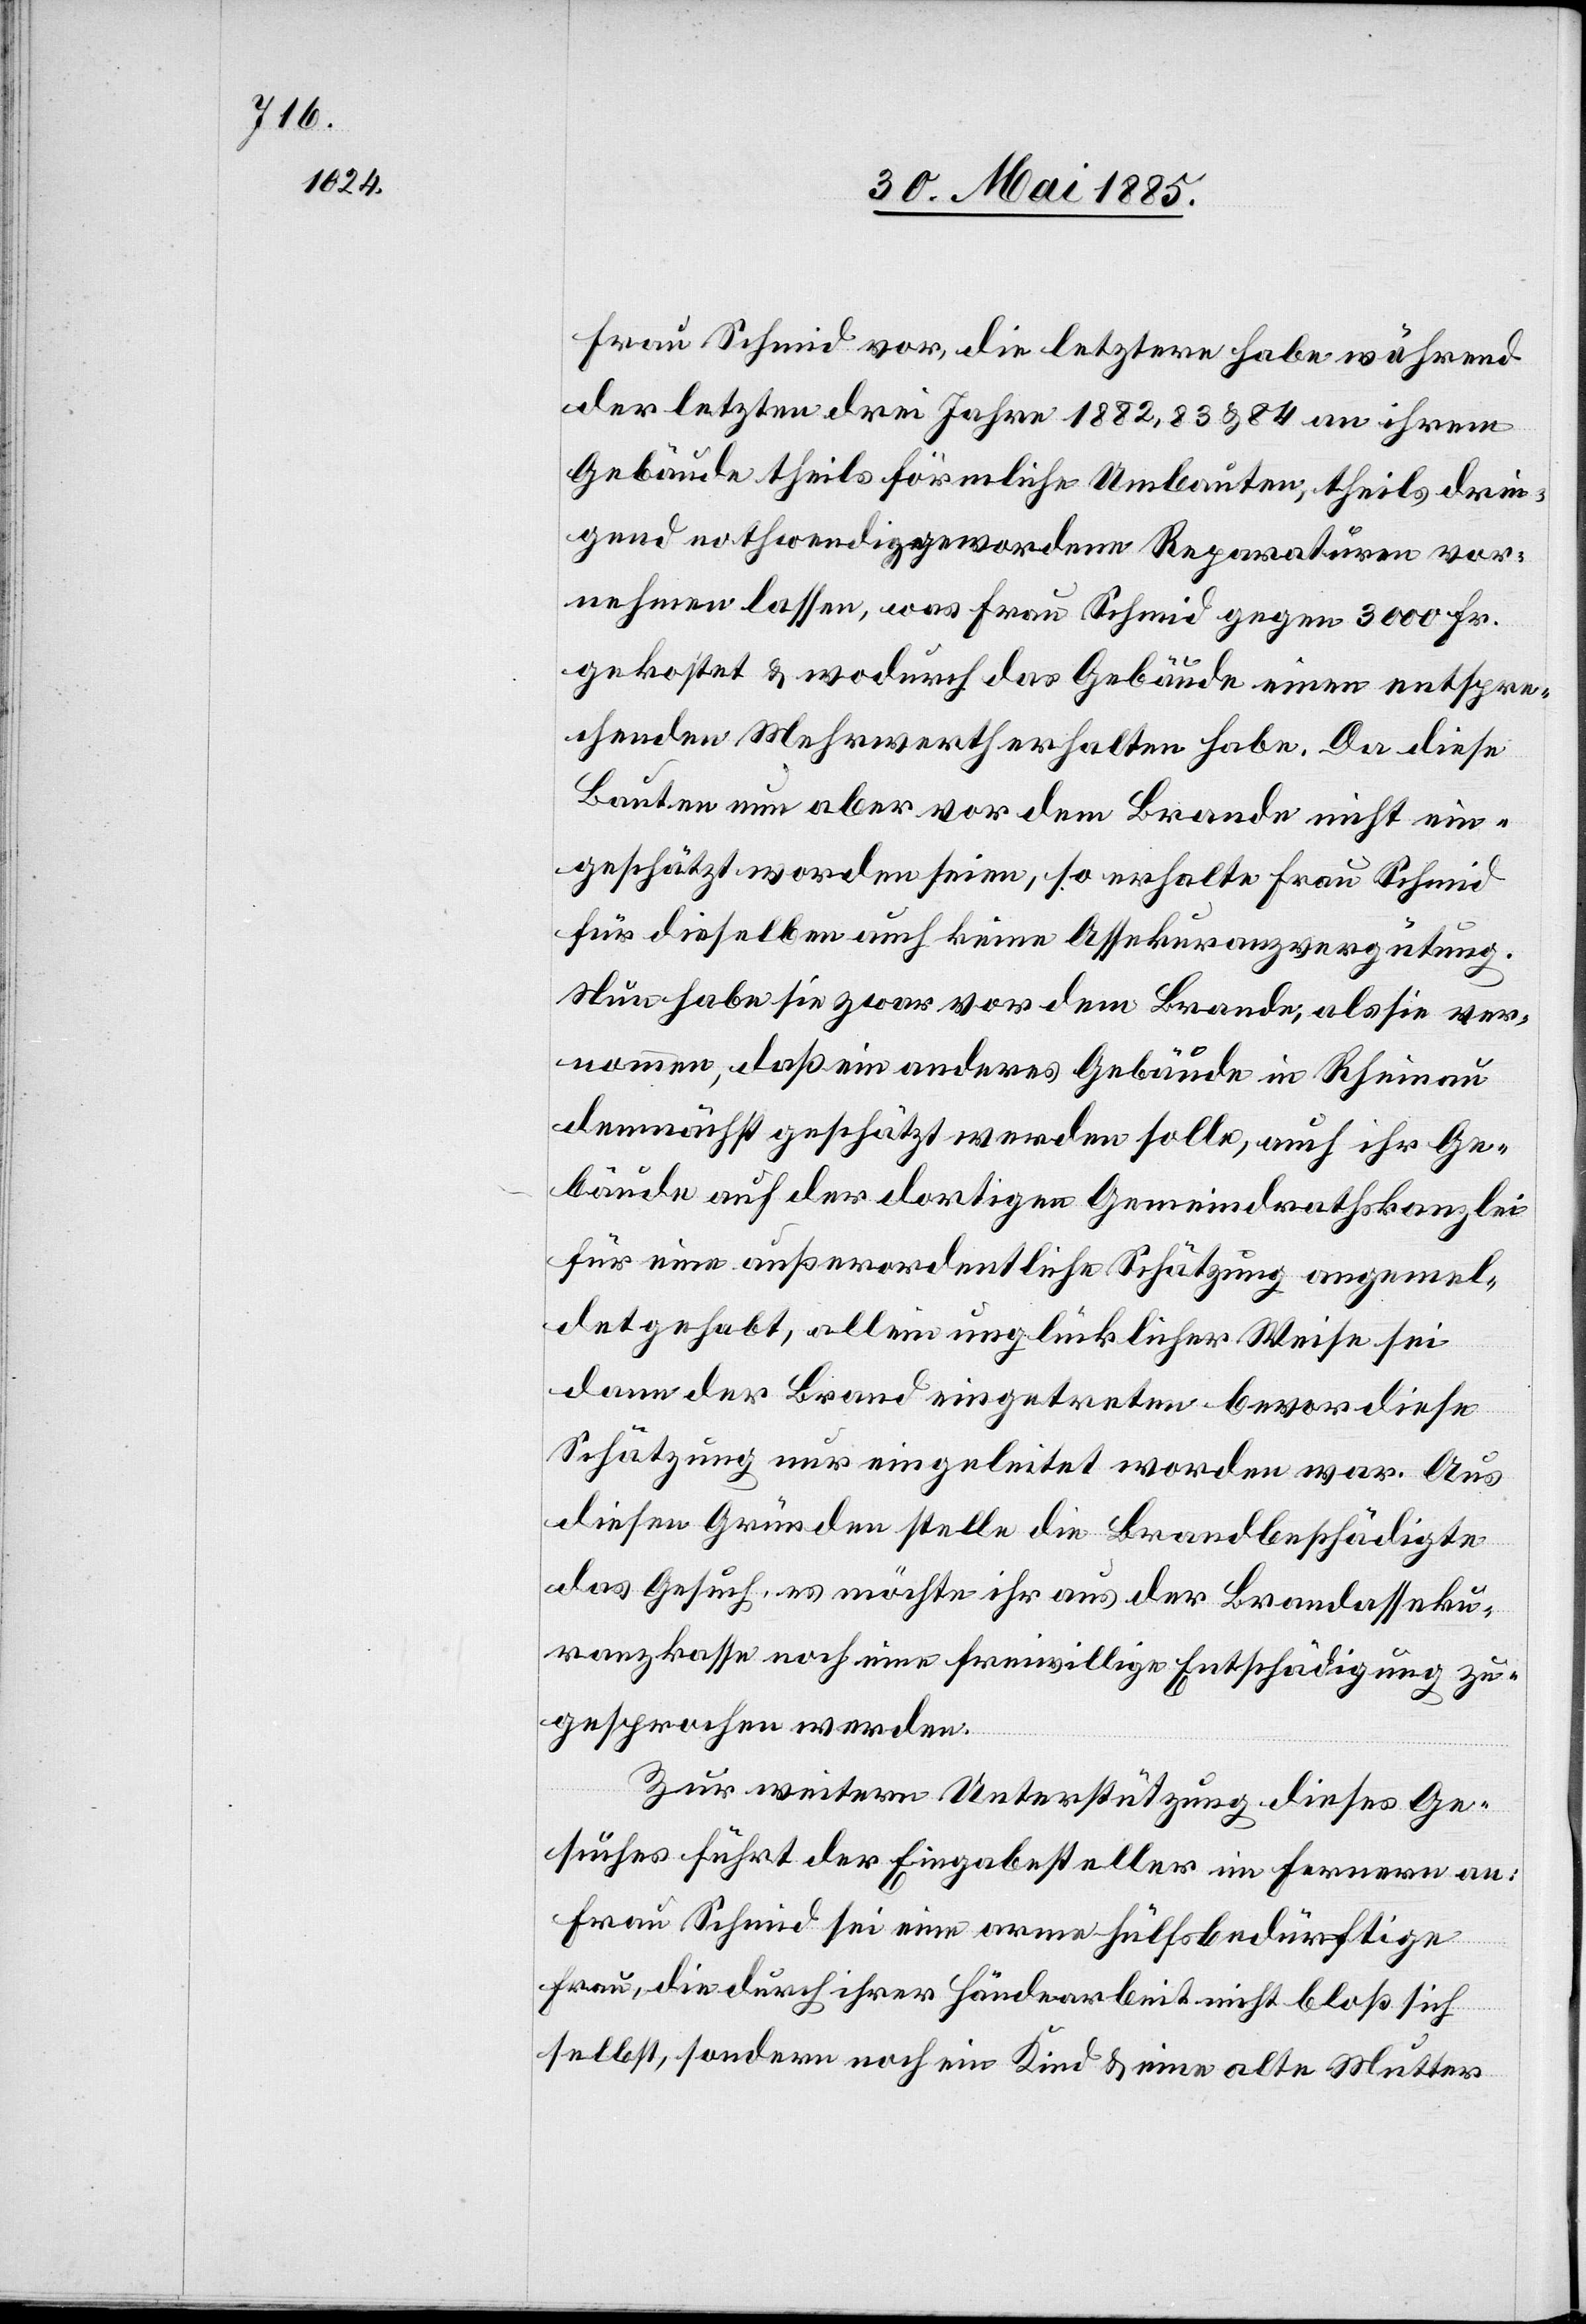
Frau Schmid vor, die letztere habe während
der letzten drei Jahre 1882, 83 & 84 an ihrem
Gebäude theils förmliche Umbauten, theils drin¬
gend nothwendiggewordene Reparaturen vor¬
nehmen lassen, was Frau Schmid gegen 3000 Fr.
gekostet & wodurch das Gebäude einen entspre¬
chenden Mehrwerth erhalten habe. Da diese
Bauten nun aber vor dem Brande nicht ein¬
geschätzt worden seien, so erhalte Frau Schmid
für dieselben auch keine Assekuranzvergütung.
Nun habe sie zwar vor dem Brande, als sie ver¬
nommen, daß ein anderes Gebäude in Rheinau
demnächst geschätzt werden solle, auch ihr Ge¬
bäude auf der dortigen Gemeinderathskanzlei
für eine außerordentliche Schätzung angemel¬
det gehabt, allein unglücklicher Weise sei
dann der Brand eingetreten bevor diese
Schätzung nur eingeleitet worden war. Aus
diesen Gründen stelle die Brandbeschädigte
das Gesuch, es möchte ihr aus der Brandasseku¬
ranzkasse noch eine freiwillige Entschädigung zu¬
gesprochen werden.
Zur weitern Unterstützung dieses Ge¬
suches führt der Eingabesteller im Fernern an:
Frau Schmid sei eine arme hülfsbedürftige
Frau, die durch ihrer Händearbeit nicht bloß sich
selbst, sondern noch ein Kind & eine alte Mutter